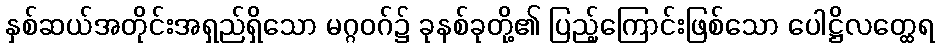
နှစ်ဆယ်အတိုင်းအရှည်ရှိသော မဂ္ဂဝဂ်၌ ခုနစ်ခုတို့၏ ပြည့်ကြောင်းဖြစ်သော ပေါဋ္ဌိလတ္ထေရ